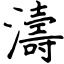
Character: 濤